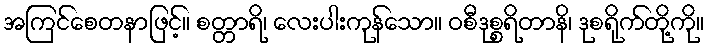
အကြင်စေတနာဖြင့်။ စတ္တာရိ၊ လေးပါးကုန်သော။ ဝစီဒုစ္စရိတာနိ၊ ဒုစရိုက်တို့ကို။